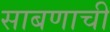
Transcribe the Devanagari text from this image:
साबणाची